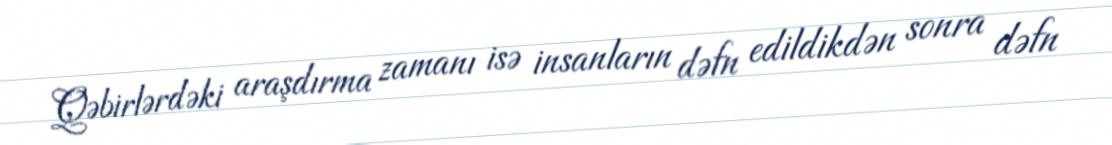
Qəbirlərdəki araşdırma zamanı isə insanların dəfn edildikdən sonra dəfn